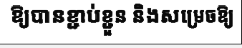
ឱ្យបានខ្ជាប់ខ្ជួន និងសម្រេចឱ្យ